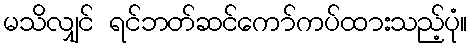
မသိလျှင် ရင်ဘတ်ဆင်ကော်ကပ်ထားသည့်ပုံ။